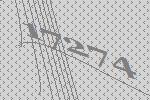
17274